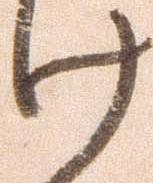
け